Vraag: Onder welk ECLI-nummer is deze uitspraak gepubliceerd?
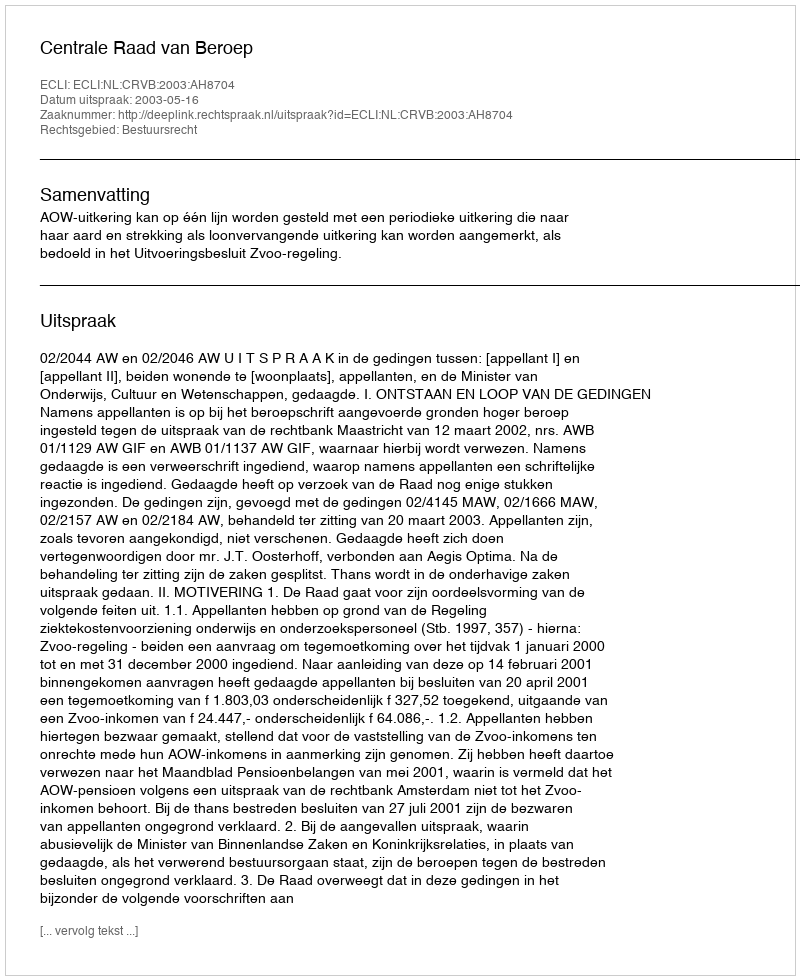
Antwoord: ECLI:NL:CRVB:2003:AH8704